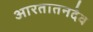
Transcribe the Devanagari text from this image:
आरतातनदेव